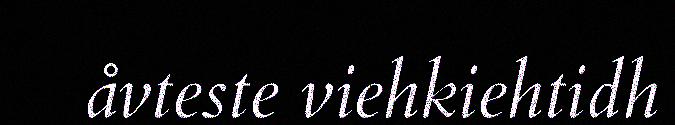
åvteste viehkiehtidh